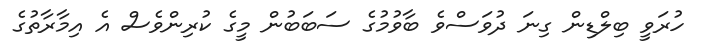
ހުރަވީ ބިލްޑިން ގިނަ ދުވަސްވެ ބާވުމުގެ ސަބަބުން މީގެ ކުރިންވެސް އެ އިމާރާތުގެ